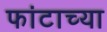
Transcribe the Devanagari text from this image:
फांटाच्या